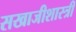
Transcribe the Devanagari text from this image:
सखाजीशास्त्री